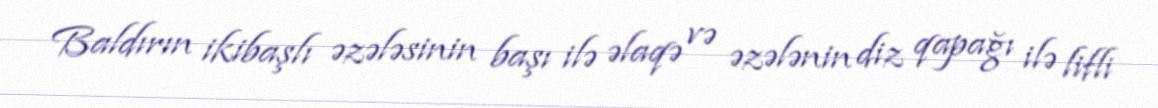
Baldırın ikibaşlı əzələsinin başı ilə əlaqə və əzələnin diz qapağı ilə lifli